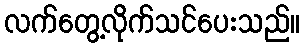
လက်တွေ့လိုက်သင်ပေးသည်။